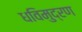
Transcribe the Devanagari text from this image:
धविमुद्रण